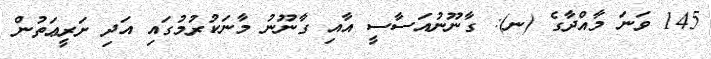
145 ވަނަ މާއްދާގެ (ނ): ގާނޫނުއަސާސީ އާއި ގާނޫނު މާނަކުރުމުގައި އަދި ށަރީޢަތުން